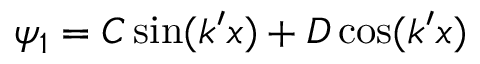
\psi _ { 1 } = C \sin ( k ^ { \prime } x ) + D \cos ( k ^ { \prime } x ) \quad